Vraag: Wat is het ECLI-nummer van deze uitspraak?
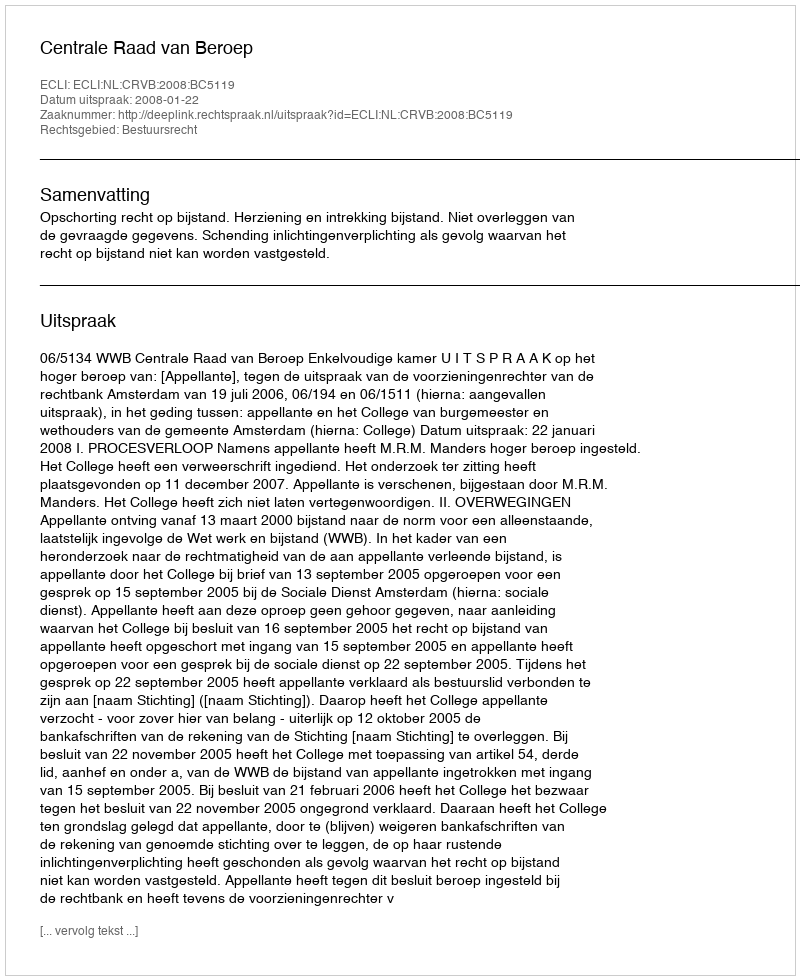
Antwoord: ECLI:NL:CRVB:2008:BC5119